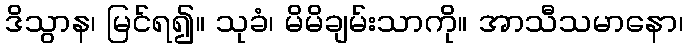
ဒိသွာန၊ မြင်ရ၍။ သုခံ၊ မိမိချမ်းသာကို။ အာသီသမာနော၊